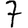
Digit: 7